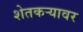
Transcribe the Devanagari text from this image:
शेतकऱ्यावर